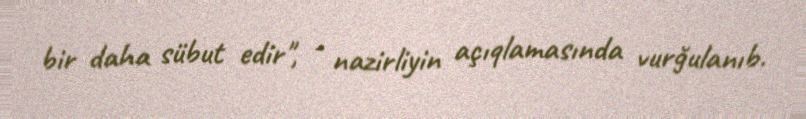
bir daha sübut edir", - nazirliyin açıqlamasında vurğulanıb.